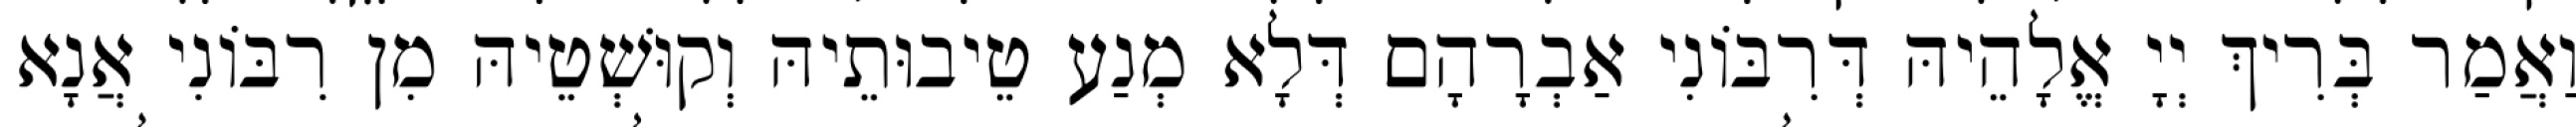
וַאֲמַר בְּרִיךְ יְיָ אֱלָהֵיהּ דְּרִבּוֹנִי אַבְרָהָם דְּלָא מְנַע טֵיבוּתֵיהּ וְקוּשְׁטֵיהּ מִן רִבּוֹנִי אֲנָא